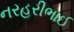
નરહરીભાઈ